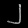
Digit: ၂